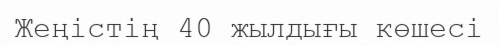
Жеңістің 40 жылдығы көшесі